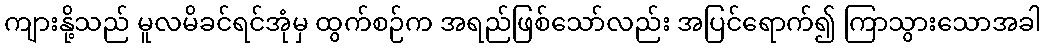
ကျားနို့သည် မူလမိခင်ရင်အုံမှ ထွက်စဉ်က အရည်ဖြစ်သော်လည်း အပြင်ရောက်၍ ကြာသွားသောအခါ